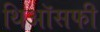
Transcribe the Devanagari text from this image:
थिऑसफी